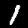
Digit: 1